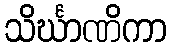
သိင်္ဃာဏိကာ